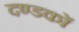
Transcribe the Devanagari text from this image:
दण्डकों